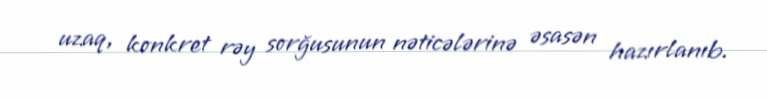
uzaq, konkret rəy sorğusunun nəticələrinə əsasən hazırlanıb.